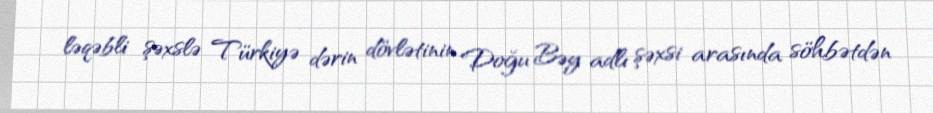
ləqəbli şəxslə Türkiyə dərin dövlətinin Doğu Bəy adlı şəxsi arasında söhbətdən